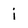
Character: i